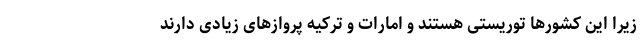
زیرا این کشورها توریستی هستند و امارات و ترکیه پروازهای زیادی دارند